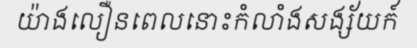
យ៉ាងលឿនពេលនោះកំលាំងសង្ស័យក៍